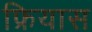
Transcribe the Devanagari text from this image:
फ्रियास